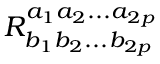
R _ { b _ { 1 } b _ { 2 } . . . b _ { 2 p } } ^ { a _ { 1 } a _ { 2 } . . . a _ { 2 p } }